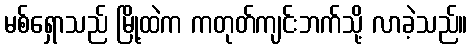
မစ်ရှောသည် မြို့ထဲက ကတုတ်ကျင်းဘက်သို့ လာခဲ့သည်။